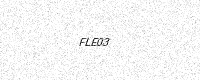
Text: FLE03